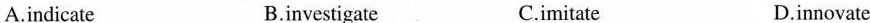
A.indicate B.investigate C.imitate D.in novate